Provision of milk for school children, 1934
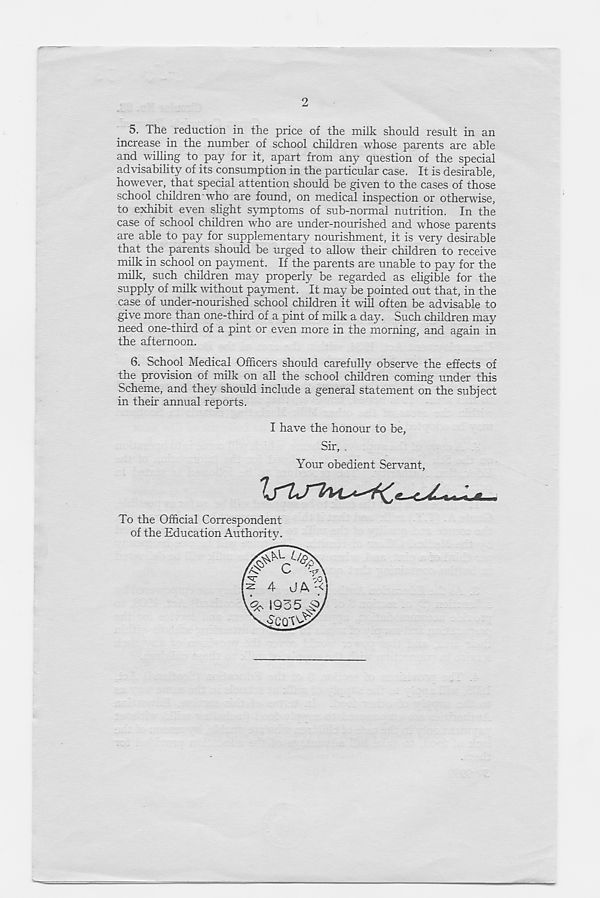
2
5. The reduction in the price of the milk should result in an
increase in the number of school children whose parents are able
and willing to pay for it, apart from any question of the special
advisability of its consumption in the particular case. It is desirable,
however, that special attention should be given to the cases of those
school children who are found, on medical inspection or otherwise,
to exhibit even slight symptoms of sub-normal nutrition. In the
case of school children who are under-nourished and whose parents
are able to pay for supplementary nourishment, it is very desirable
that the parents should be urged to allow their children to receive
milk in school on payment. If the parents are unable to pay for the
milk, such children may properly be regarded as eligible for the
supply of milk without payment. It may be pointed out that, in the
case of under-nourished school children it will often be advisable to
give more than one-third of a pint of milk a day. Such children may
need one-third of a pint or even more in the morning, and again in
the afternoon.
6. School Medical Officers should carefully observe the effects of
the provision of milk on all the school children coming under this
Scheme, and they should include a general statement on the subject
in their annual reports.
I have the honour to be,
Sir, .
Your obedient Servant,
1^1^! mu
To the Official Correspondent
of the Education Authority.